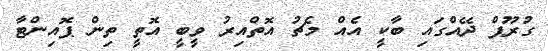
ގުރޫޕް ދޭއްގައި ބާކީ އެއް މެޗު އޮތްއިރު ވީބީ އޮތީ ތިން ޕޮއިންޓާ